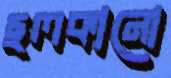
ছলকানো